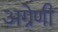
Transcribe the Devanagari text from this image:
अग्रेणी